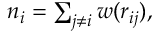
\begin{array} { r } { n _ { i } = \sum _ { j \neq i } w ( r _ { i j } ) , } \end{array}